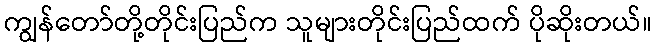
ကျွန်တော်တို့တိုင်းပြည်က သူများတိုင်းပြည်ထက် ပိုဆိုးတယ်။